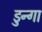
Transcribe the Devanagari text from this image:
डुन्गा